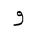
Letter: _waw